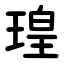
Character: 瑝